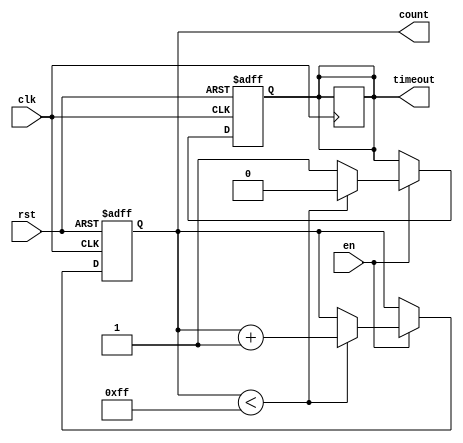
module TimeoutCounter #(
    parameter MAX_COUNT = 8'b11111111 // Default maximum count value (255)
)(
    input wire clk,          // Clock input
    input wire rst,          // Asynchronous reset input
    input wire en,           // Enable input
    output reg [7:0] count,  // 8-bit count output
    output reg timeout       // Time-Out signal output
);

    // Always block for counter operation
    always @(posedge clk or posedge rst) begin
        if (rst) begin
            count <= 8'b0;   // Reset count to 0
            timeout <= 1'b0;  // Deassert timeout
        end else if (en) begin
            if (count < MAX_COUNT) begin
                count <= count + 1'b1; // Increment count
                timeout <= 1'b0;        // Deassert timeout during counting
            end else begin
                timeout <= 1'b1;        // Assert timeout when max count is reached
            end
        end
    end

    // Handle case when enable is deasserted
    always @(posedge clk) begin
        if (!en) begin
            timeout <= timeout; // Maintain timeout status when not enabled
        end
    end

endmodule